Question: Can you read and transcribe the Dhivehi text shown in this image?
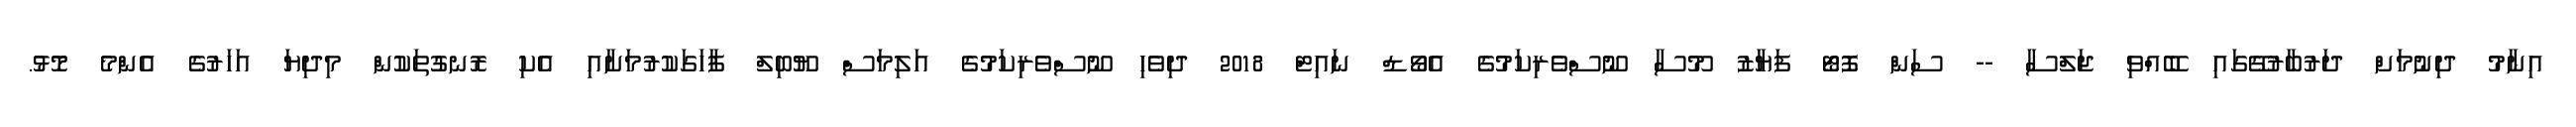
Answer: އިނާމު ދިނުމަށް ދަރުބާރުގޭގައި ބޭއްވި ޖަލްސާ -- ސަން ފޮޓޯ ފަޔާޒު މޫސާ ނޫސްވެރިކަމުގެ އެވޯޑް ނައިޓް 2018 ދިވެހި ނޫސްވެރިކަމުގެ އަލިމަސް ޔޫބިލް ފާހަގަކުރުމަށާއި އެކި ރޮނގުތަކުން މިދިޔަ އަހަރުގެ އެންމެ މޮޅު.